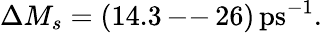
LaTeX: \Delta M_{s}=(14.3\, \mathrm{--}\, 26)\, \mathrm{ps}^{-1}.